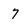
Character: 7